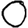
Digit: 0